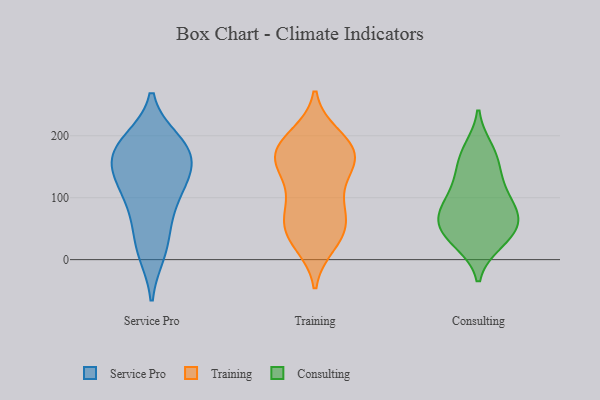
{"axis": {"x": "Inventory Turnover", "y": "Value"}, "legend": ["Consulting", "Service Pro", "Training"], "data": [{"x": "", "y": 17, "type": "Service Pro"}, {"x": "", "y": 131, "type": "Service Pro"}, {"x": "", "y": 191, "type": "Service Pro"}, {"x": "", "y": 192, "type": "Service Pro"}, {"x": "", "y": 108, "type": "Service Pro"}, {"x": "", "y": 168, "type": "Service Pro"}, {"x": "", "y": 182, "type": "Service Pro"}, {"x": "", "y": 160, "type": "Service Pro"}, {"x": "", "y": 11, "type": "Service Pro"}, {"x": "", "y": 141, "type": "Service Pro"}, {"x": "", "y": 55, "type": "Service Pro"}, {"x": "", "y": 79, "type": "Service Pro"}, {"x": "", "y": 166, "type": "Service Pro"}, {"x": "", "y": 115, "type": "Service Pro"}, {"x": "", "y": 25, "type": "Training"}, {"x": "", "y": 200, "type": "Training"}, {"x": "", "y": 172, "type": "Training"}, {"x": "", "y": 59, "type": "Training"}, {"x": "", "y": 144, "type": "Training"}, {"x": "", "y": 87, "type": "Training"}, {"x": "", "y": 169, "type": "Training"}, {"x": "", "y": 167, "type": "Training"}, {"x": "", "y": 38, "type": "Training"}, {"x": "", "y": 179, "type": "Training"}, {"x": "", "y": 70, "type": "Training"}, {"x": "", "y": 81, "type": "Training"}, {"x": "", "y": 144, "type": "Training"}, {"x": "", "y": 197, "type": "Training"}, {"x": "", "y": 49, "type": "Training"}, {"x": "", "y": 115, "type": "Training"}, {"x": "", "y": 152, "type": "Training"}, {"x": "", "y": 180, "type": "Training"}, {"x": "", "y": 32, "type": "Training"}, {"x": "", "y": 172, "type": "Consulting"}, {"x": "", "y": 56, "type": "Consulting"}, {"x": "", "y": 68, "type": "Consulting"}, {"x": "", "y": 27, "type": "Consulting"}, {"x": "", "y": 49, "type": "Consulting"}, {"x": "", "y": 93, "type": "Consulting"}, {"x": "", "y": 126, "type": "Consulting"}, {"x": "", "y": 179, "type": "Consulting"}, {"x": "", "y": 125, "type": "Consulting"}, {"x": "", "y": 68, "type": "Consulting"}, {"x": "", "y": 27, "type": "Consulting"}, {"x": "", "y": 80, "type": "Consulting"}, {"x": "", "y": 42, "type": "Consulting"}, {"x": "", "y": 90, "type": "Consulting"}, {"x": "", "y": 153, "type": "Consulting"}]}